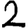
Digit: 2